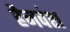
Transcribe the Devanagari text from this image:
हैनवंश